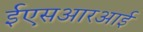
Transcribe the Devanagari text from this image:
ईएसआरआई